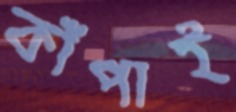
কাঁপাই